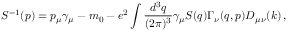
S ^ { - 1 } ( p ) = p _ { \mu } \gamma _ { \mu } - m _ { 0 } - e ^ { 2 } \int { \frac { d ^ { 3 } q } { ( 2 \pi ) ^ { 3 } } } \gamma _ { \mu } S ( q ) \Gamma _ { \nu } ( q , p ) D _ { \mu \nu } ( k ) \, ,